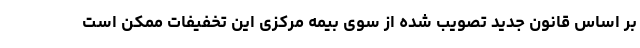
بر اساس قانون جدید تصویب شده از سوی بیمه مرکزی این تخفیفات ممکن است